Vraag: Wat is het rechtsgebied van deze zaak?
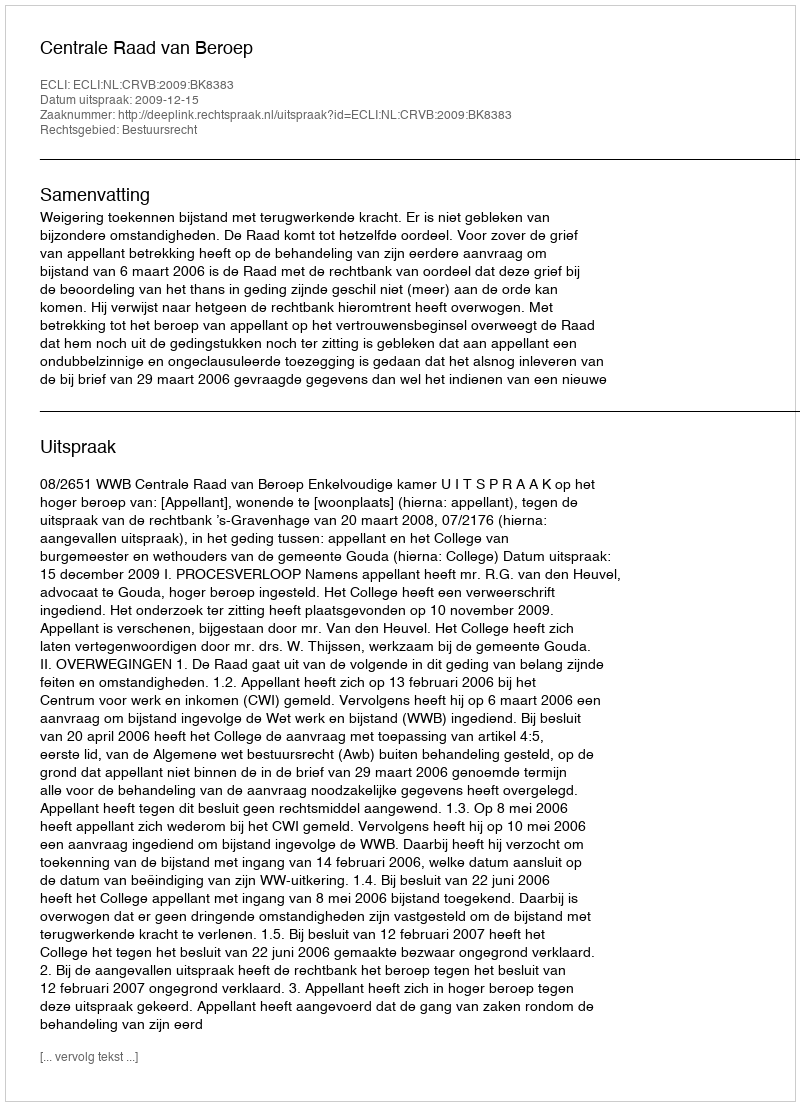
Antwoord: Bestuursrecht